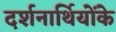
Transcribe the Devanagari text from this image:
दर्शनार्थियोंके